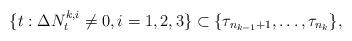
LaTeX: \begin{align*} \{t: \Delta N^{k,i}_t\neq 0, i=1,2,3\}\subset \{\tau_{n_{k-1}+1},\ldots,\tau_{n_{k}}\},\;\;\; \end{align*}